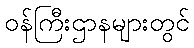
ဝန်ကြီးဌာနများတွင်